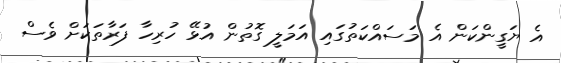
އެ ޔަގީންކަން އެ މަސައްކަތުގައި އަމަލީ ގޮތުން އުޅޭ ހުރިހާ ފަރާތަކަށް ވެސް